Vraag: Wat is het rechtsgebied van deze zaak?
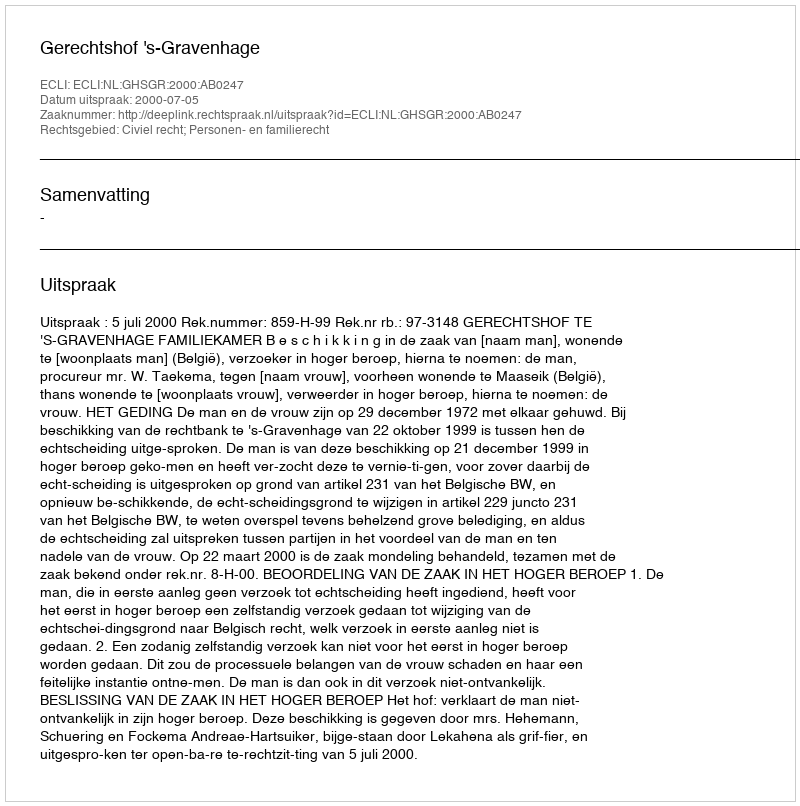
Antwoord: Civiel recht; Personen- en familierecht